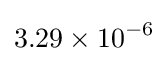
3.29\times 10^{-6}